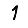
Digit: 1